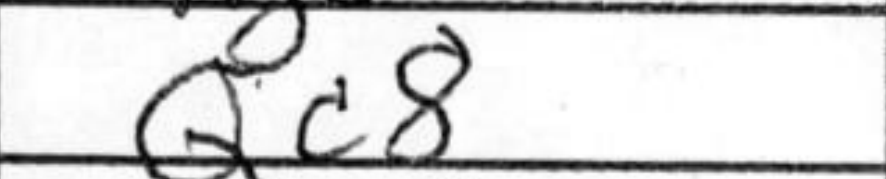
Transcription: Qc8